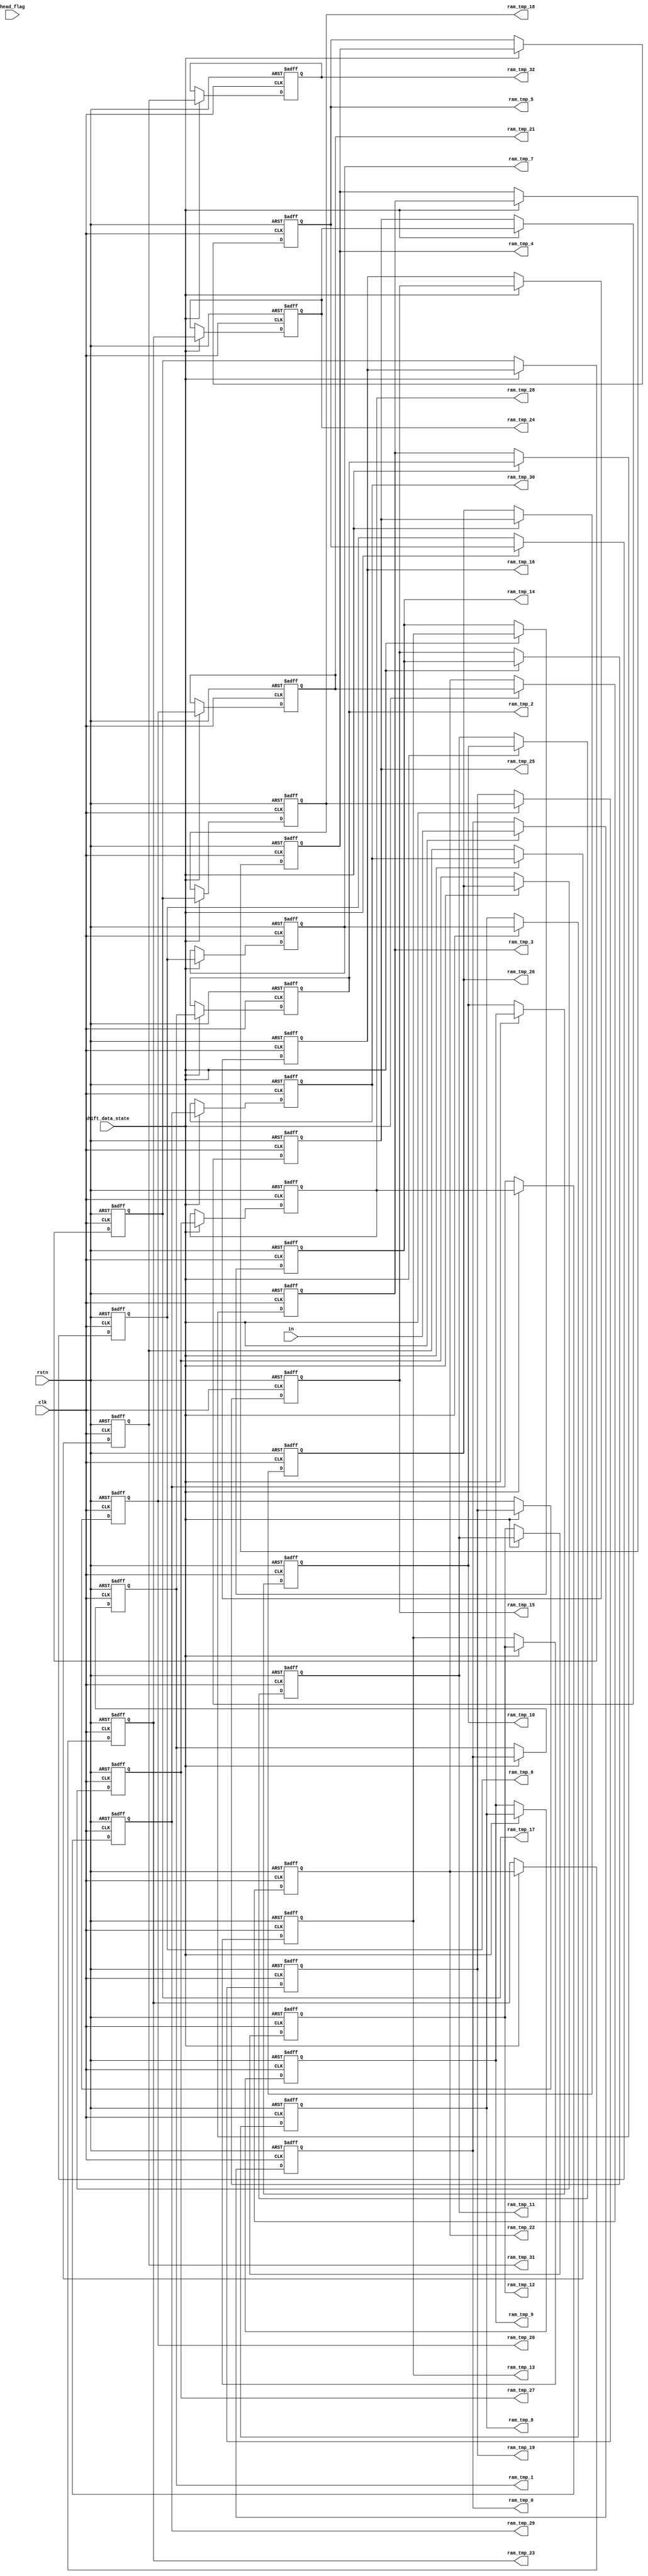
`timescale 1ns/1ps
module ram_data (shift_data_state, rstn, clk, in, head_flag, ram_tmp_0, ram_tmp_1, ram_tmp_2, ram_tmp_3, ram_tmp_4, ram_tmp_5, ram_tmp_6, ram_tmp_7, ram_tmp_8, ram_tmp_9, ram_tmp_10, ram_tmp_11, ram_tmp_12, ram_tmp_13, ram_tmp_14, ram_tmp_15,ram_tmp_16,ram_tmp_17,ram_tmp_18,ram_tmp_19,ram_tmp_20,ram_tmp_21,ram_tmp_22,ram_tmp_23,ram_tmp_24,ram_tmp_25,ram_tmp_26,ram_tmp_27,ram_tmp_28,ram_tmp_29,ram_tmp_30,ram_tmp_31,ram_tmp_32);

input rstn, clk, head_flag, shift_data_state;
input [13:0] in;

output reg [13:0] ram_tmp_0;
output reg [13:0] ram_tmp_1;
output reg [13:0] ram_tmp_2;
output reg [13:0] ram_tmp_3;
output reg [13:0] ram_tmp_4;
output reg [13:0] ram_tmp_5;
output reg [13:0] ram_tmp_6;
output reg [13:0] ram_tmp_7;
output reg [13:0] ram_tmp_8;
output reg [13:0] ram_tmp_9;
output reg [13:0] ram_tmp_10;
output reg [13:0] ram_tmp_11;
output reg [13:0] ram_tmp_12;
output reg [13:0] ram_tmp_13;
output reg [13:0] ram_tmp_14;
output reg [13:0] ram_tmp_15;
output reg [13:0] ram_tmp_16;
output reg [13:0] ram_tmp_17;
output reg [13:0] ram_tmp_18;
output reg [13:0] ram_tmp_19;
output reg [13:0] ram_tmp_20;
output reg [13:0] ram_tmp_21;
output reg [13:0] ram_tmp_22;
output reg [13:0] ram_tmp_23;
output reg [13:0] ram_tmp_24;
output reg [13:0] ram_tmp_25;
output reg [13:0] ram_tmp_26;
output reg [13:0] ram_tmp_27;
output reg [13:0] ram_tmp_28;
output reg [13:0] ram_tmp_29;
output reg [13:0] ram_tmp_30;
output reg [13:0] ram_tmp_31;
output reg [13:0] ram_tmp_32;

//********************** Shift Register Storage ***********************//
    always@(posedge clk or negedge rstn)
    begin
    if (rstn == 1'b0)
        ram_tmp_0 <=   14'd0;
    else if (shift_data_state == 1'b1)
        ram_tmp_0 <=   in;
    else
	ram_tmp_0 <=   ram_tmp_0;
    end  


    always@(posedge clk or negedge rstn)
    begin
    if (rstn == 1'b0)
        ram_tmp_1 <=   14'd0;
    else if (shift_data_state == 1'b1)
        ram_tmp_1 <=   ram_tmp_0;
    else
	ram_tmp_1 <=   ram_tmp_1;
    end    

    always@(posedge clk or negedge rstn)
    begin
    if (rstn == 1'b0)
        ram_tmp_2 <=   14'd0;
    else if (shift_data_state == 1'b1)
        ram_tmp_2 <=   ram_tmp_1;
    else
	ram_tmp_2 <=   ram_tmp_2;
    end    

    always@(posedge clk or negedge rstn)
    begin
    if (rstn == 1'b0)
        ram_tmp_3 <=   14'd0;
    else if (shift_data_state == 1'b1)
        ram_tmp_3 <=   ram_tmp_2;
    else
	ram_tmp_3 <=   ram_tmp_3;
    end    

    always@(posedge clk or negedge rstn)
    begin
    if (rstn == 1'b0)
        ram_tmp_4 <=   14'd0;
    else if (shift_data_state == 1'b1)
        ram_tmp_4 <=   ram_tmp_3;
    else
	ram_tmp_4 <=   ram_tmp_4;
    end    

    always@(posedge clk or negedge rstn)
    begin
    if (rstn == 1'b0)
        ram_tmp_5 <=   14'd0;
    else if (shift_data_state == 1'b1)
        ram_tmp_5 <=   ram_tmp_4;
    else
	ram_tmp_5 <=   ram_tmp_5;
    end    

    always@(posedge clk or negedge rstn)
    begin
    if (rstn == 1'b0)
        ram_tmp_6 <=   14'd0;
    else if (shift_data_state == 1'b1)
        ram_tmp_6 <=   ram_tmp_5;
    else
	ram_tmp_6 <=   ram_tmp_6;
    end    

    always@(posedge clk or negedge rstn)
    begin
    if (rstn == 1'b0)
        ram_tmp_7 <=   14'd0;
    else if (shift_data_state == 1'b1)
        ram_tmp_7 <=   ram_tmp_6;
    else
	ram_tmp_7 <=   ram_tmp_7;
    end    

    always@(posedge clk or negedge rstn)
    begin
    if (rstn == 1'b0)
        ram_tmp_8 <=   14'd0;
    else if (shift_data_state == 1'b1)
        ram_tmp_8 <=   ram_tmp_7;
    else
	ram_tmp_8 <=   ram_tmp_8;
    end    

    always@(posedge clk or negedge rstn)
    begin
    if (rstn == 1'b0)
        ram_tmp_9 <=   14'd0;
    else if (shift_data_state == 1'b1)
        ram_tmp_9 <=   ram_tmp_8;
    else
	ram_tmp_9 <=   ram_tmp_9;
    end    

    always@(posedge clk or negedge rstn)
    begin
    if (rstn == 1'b0)
        ram_tmp_10 <=   14'd0;
    else if (shift_data_state == 1'b1)
        ram_tmp_10 <=   ram_tmp_9;
    else
	ram_tmp_10 <=   ram_tmp_10;
    end    

    always@(posedge clk or negedge rstn)
    begin
    if (rstn == 1'b0)
        ram_tmp_11 <=   14'd0;
    else if (shift_data_state == 1'b1)
        ram_tmp_11 <=   ram_tmp_10;
    else
	ram_tmp_11 <=   ram_tmp_11;
    end    

    always@(posedge clk or negedge rstn)
    begin
    if (rstn == 1'b0)
        ram_tmp_12 <=   14'd0;
    else if (shift_data_state == 1'b1)
        ram_tmp_12 <=   ram_tmp_11;
    else
	ram_tmp_12 <=   ram_tmp_12;
    end    

    always@(posedge clk or negedge rstn)
    begin
    if (rstn == 1'b0)
        ram_tmp_13 <=   14'd0;
    else if (shift_data_state == 1'b1)
        ram_tmp_13 <=   ram_tmp_12;
    else
	ram_tmp_13 <=   ram_tmp_13;
    end    

    always@(posedge clk or negedge rstn)
    begin
    if (rstn == 1'b0)
        ram_tmp_14 <=   14'd0;
    else if (shift_data_state == 1'b1)
        ram_tmp_14 <=   ram_tmp_13;
    else
	ram_tmp_14 <=   ram_tmp_14;
    end    

    always@(posedge clk or negedge rstn)
    begin
    if (rstn == 1'b0)
        ram_tmp_15 <=   14'd0;
    else if (shift_data_state == 1'b1)
        ram_tmp_15 <=   ram_tmp_14;
    else
	ram_tmp_15 <=   ram_tmp_15;
    end
	
	always@(posedge clk or negedge rstn)
    begin
    if (rstn == 1'b0)
        ram_tmp_16 <=   14'd0;
    else if (shift_data_state == 1'b1)
        ram_tmp_16 <=   ram_tmp_15;
    else
	ram_tmp_16 <=   ram_tmp_16;
    end
	
	always@(posedge clk or negedge rstn)
    begin
    if (rstn == 1'b0)
        ram_tmp_17 <=   14'd0;
    else if (shift_data_state == 1'b1)
        ram_tmp_17 <=   ram_tmp_16;
    else
	ram_tmp_17 <=   ram_tmp_17;
    end  


    always@(posedge clk or negedge rstn)
    begin
    if (rstn == 1'b0)
        ram_tmp_18 <=   14'd0;
    else if (shift_data_state == 1'b1)
        ram_tmp_18 <=   ram_tmp_17;
    else
	ram_tmp_18 <=   ram_tmp_18;
    end    

    always@(posedge clk or negedge rstn)
    begin
    if (rstn == 1'b0)
        ram_tmp_19 <=   14'd0;
    else if (shift_data_state == 1'b1)
        ram_tmp_19 <=   ram_tmp_18;
    else
	ram_tmp_19 <=   ram_tmp_19;
    end    

    always@(posedge clk or negedge rstn)
    begin
    if (rstn == 1'b0)
        ram_tmp_20 <=   14'd0;
    else if (shift_data_state == 1'b1)
        ram_tmp_20 <=   ram_tmp_19;
    else
	ram_tmp_20 <=   ram_tmp_20;
    end    

    always@(posedge clk or negedge rstn)
    begin
    if (rstn == 1'b0)
        ram_tmp_21 <=   14'd0;
    else if (shift_data_state == 1'b1)
        ram_tmp_21 <=   ram_tmp_20;
    else
	ram_tmp_21 <=   ram_tmp_21;
    end    

    always@(posedge clk or negedge rstn)
    begin
    if (rstn == 1'b0)
        ram_tmp_22 <=   14'd0;
    else if (shift_data_state == 1'b1)
        ram_tmp_22 <=   ram_tmp_21;
    else
	ram_tmp_22 <=   ram_tmp_22;
    end    

    always@(posedge clk or negedge rstn)
    begin
    if (rstn == 1'b0)
        ram_tmp_23 <=   14'd0;
    else if (shift_data_state == 1'b1)
        ram_tmp_23 <=   ram_tmp_22;
    else
	ram_tmp_23 <=   ram_tmp_23;
    end    

    always@(posedge clk or negedge rstn)
    begin
    if (rstn == 1'b0)
        ram_tmp_24 <=   14'd0;
    else if (shift_data_state == 1'b1)
        ram_tmp_24 <=   ram_tmp_23;
    else
	ram_tmp_24 <=   ram_tmp_24;
    end    

    always@(posedge clk or negedge rstn)
    begin
    if (rstn == 1'b0)
        ram_tmp_25 <=   14'd0;
    else if (shift_data_state == 1'b1)
        ram_tmp_25 <=   ram_tmp_24;
    else
	ram_tmp_25 <=   ram_tmp_25;
    end    

    always@(posedge clk or negedge rstn)
    begin
    if (rstn == 1'b0)
        ram_tmp_26 <=   14'd0;
    else if (shift_data_state == 1'b1)
        ram_tmp_26 <=   ram_tmp_25;
    else
	ram_tmp_26 <=   ram_tmp_26;
    end    

    always@(posedge clk or negedge rstn)
    begin
    if (rstn == 1'b0)
        ram_tmp_27 <=   14'd0;
    else if (shift_data_state == 1'b1)
        ram_tmp_27 <=   ram_tmp_26;
    else
	ram_tmp_27 <=   ram_tmp_27;
    end    

    always@(posedge clk or negedge rstn)
    begin
    if (rstn == 1'b0)
        ram_tmp_28 <=   14'd0;
    else if (shift_data_state == 1'b1)
        ram_tmp_28 <=   ram_tmp_27;
    else
	ram_tmp_28 <=   ram_tmp_28;
    end    

    always@(posedge clk or negedge rstn)
    begin
    if (rstn == 1'b0)
        ram_tmp_29 <=   14'd0;
    else if (shift_data_state == 1'b1)
        ram_tmp_29 <=   ram_tmp_28;
    else
	ram_tmp_29 <=   ram_tmp_29;
    end    

    always@(posedge clk or negedge rstn)
    begin
    if (rstn == 1'b0)
        ram_tmp_30 <=   14'd0;
    else if (shift_data_state == 1'b1)
        ram_tmp_30 <=   ram_tmp_29;
    else
	ram_tmp_30 <=   ram_tmp_30;
    end    

    always@(posedge clk or negedge rstn)
    begin
    if (rstn == 1'b0)
        ram_tmp_31 <=   14'd0;
    else if (shift_data_state == 1'b1)
        ram_tmp_31 <=   ram_tmp_30;
    else
	ram_tmp_31 <=   ram_tmp_31;
    end    

    always@(posedge clk or negedge rstn)
    begin
    if (rstn == 1'b0)
        ram_tmp_32 <=   14'd0;
    else if (shift_data_state == 1'b1)
        ram_tmp_32 <=   ram_tmp_31;
    else
	ram_tmp_32 <=   ram_tmp_32;
    end
	


endmodule